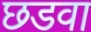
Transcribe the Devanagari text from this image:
छडवा